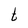
Character: t